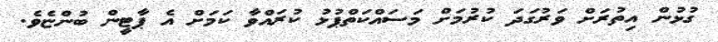
ގުޅުން އިތުރަށް ވަރުގަދަ ކުރުމަށް މަސައްކަތްޕުޅު ކުރައްވާ ކަމަށް އެ ޕާޓީން ބުންޏެވެ.